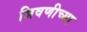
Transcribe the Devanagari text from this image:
जिवणीच्या